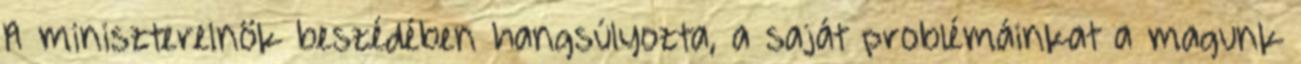
A miniszterelnök beszédében hangsúlyozta, a saját problémáinkat a magunk